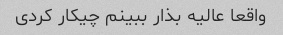
واقعا عالیه بذار ببینم چیکار کردی